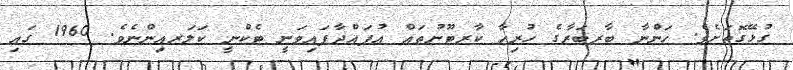
ގުޅޭގޮތަށެވެ. ހަންނާ ބާރބަރާގެ ހުރިހާ ކާރޓޫނުތައް އުފައްދާފައިވަނީ ޓެކްނީ ކަލަރއިންނެވެ. 1960 ގައި